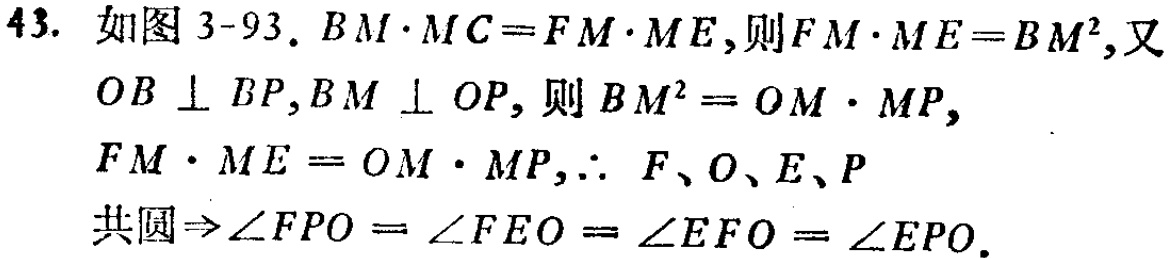
43. 如图 3-93. \(BM\cdot MC = FM\cdot ME\),则\(FM\cdot ME = BM^{2}\),又
\(OB\perp BP,BM\perp OP\), 则\(BM^{2}=OM\cdot MP\),
\(FM\cdot ME = OM\cdot MP,\therefore F、O、E、P\)
共圆\(\Rightarrow\angle FPO=\angle FEO = \angle EFO=\angle EPO\).